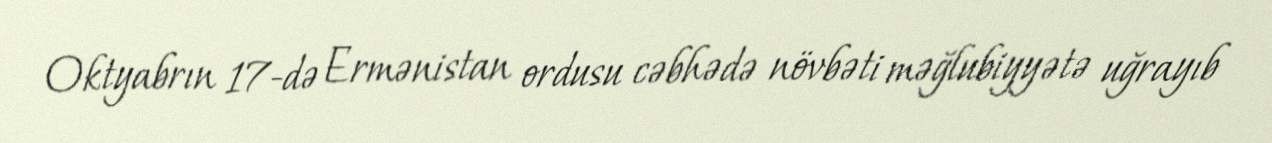
Oktyabrın 17-də Ermənistan ordusu cəbhədə növbəti məğlubiyyətə uğrayıb